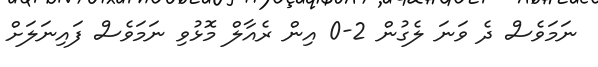
ނަމަވެސް ދެ ވަނަ ލެގުން 2-0 އިން ރެއާލް މޮޅުވި ނަމަވެސް ފައިނަލަށް